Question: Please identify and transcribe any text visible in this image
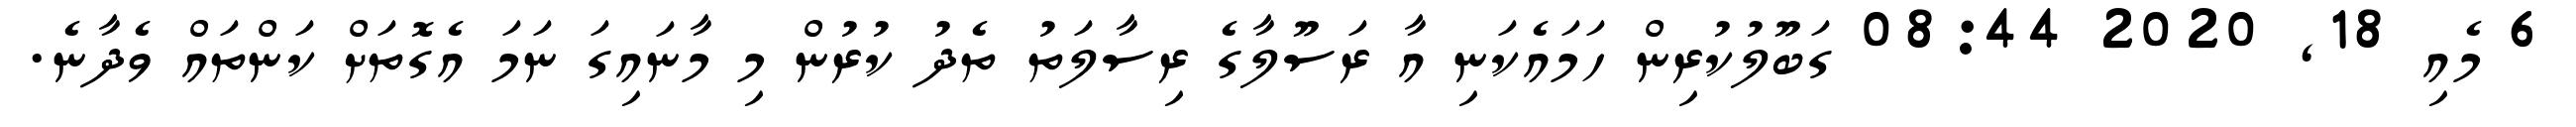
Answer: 6 މެއި 18, 2020 08:44 ގަބޫލުކުރިން ހަމައެކަނި އާ ރަސޫލާގެ ރިސާލަތު ތެދު ކުރުން މި މާނައިގަ ނަމަ އެގޮތަށް ކަންތައް ވެދާނެ.